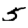
Digit: 5